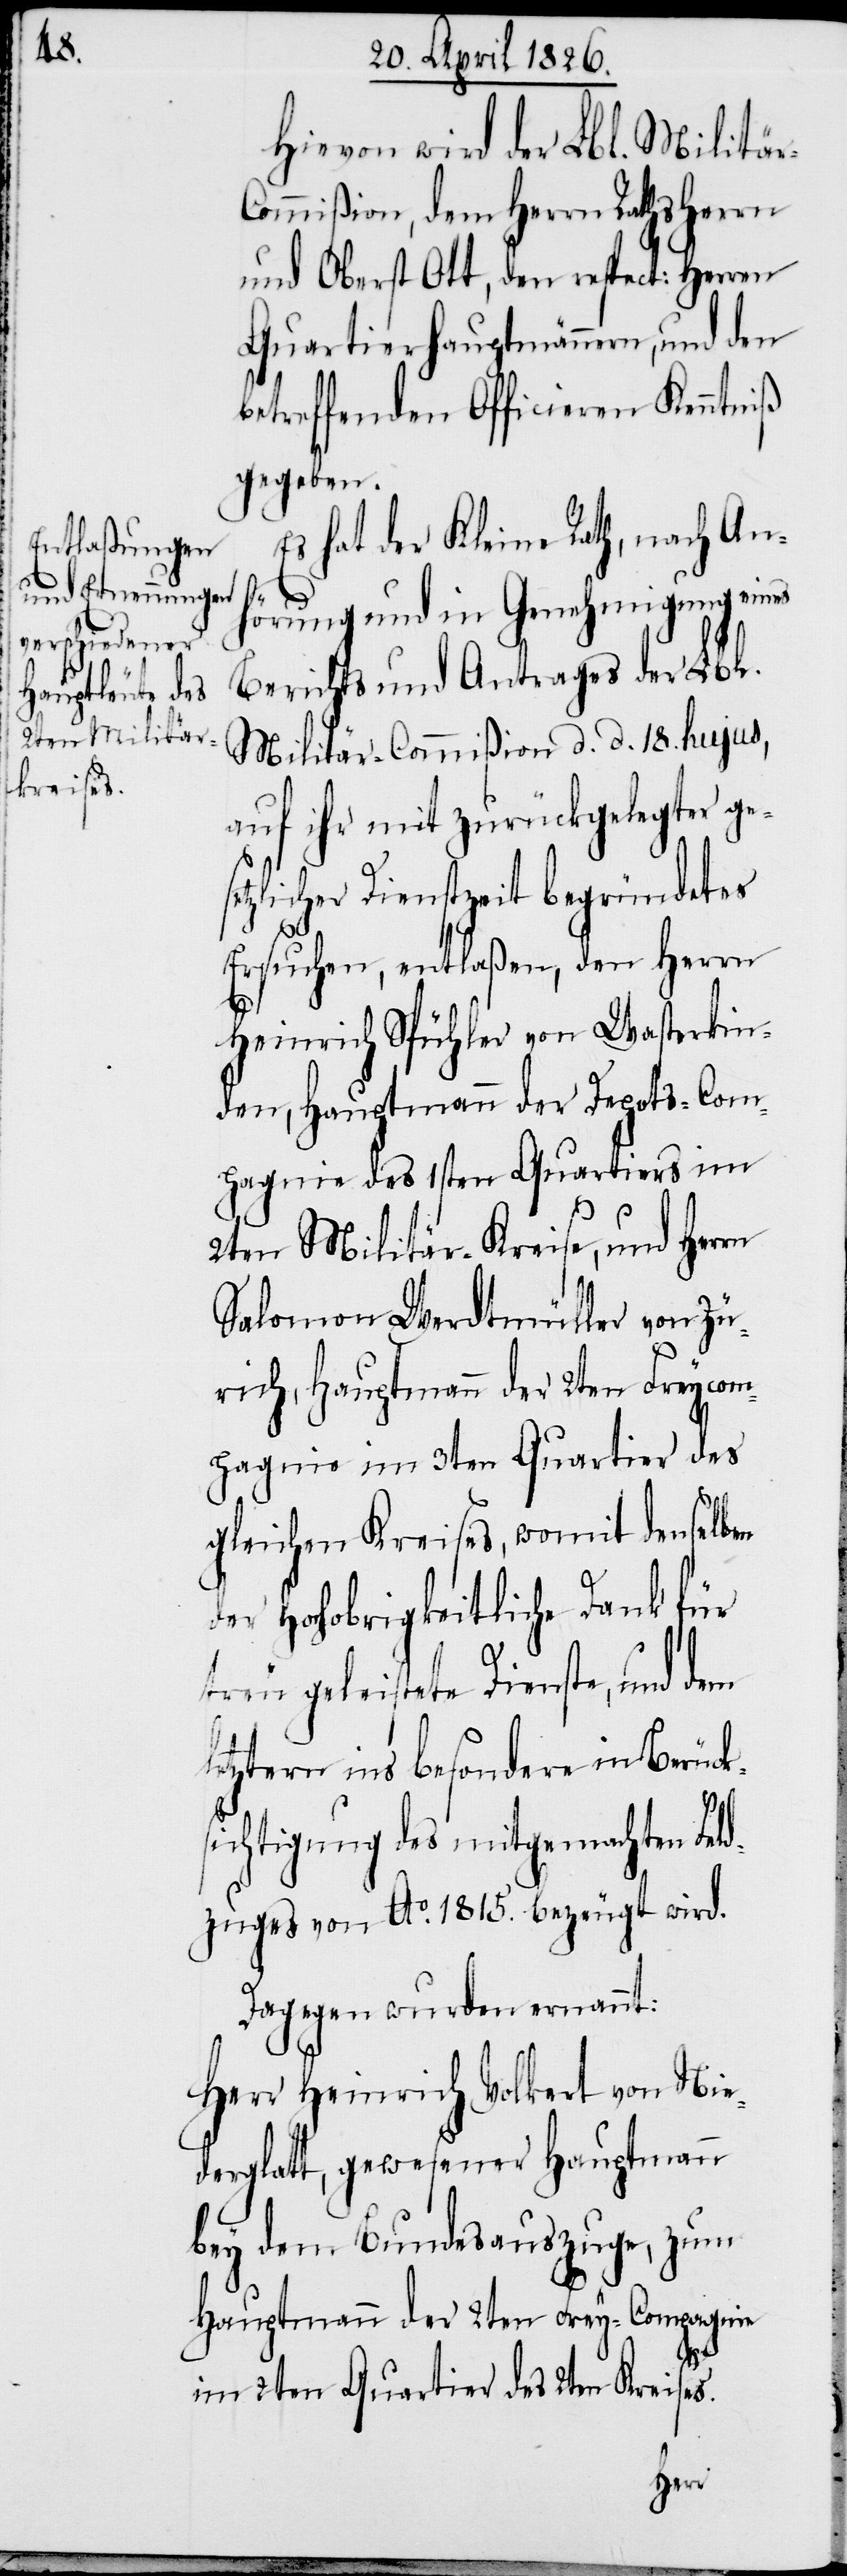
Hievon wird der Lbl. Militä¬
ommißion, dem Herrn Rathsherrn
und Oberst Ott, den respect: Herren
Quartierhauptmännern, und den
betreffenden Officieren Kenntniß
gegeben.
Es hat der Kleine Rath, nach An¬
r-C¬
hörung und in Genehmigung eines
Berichts und Antrages der Lbl.
Militär-Commißion d. d. 18. hujus,
auf ihr mit zurückgelegter ges¬
etzlicher Dienstzeit begründetes
Ersuchen, entlaßen, den Herrn
Heinrich Spühler von Wasterkin¬
gen, Hauptmann der Depots-Com¬
pagnie des 1sten Quartiers im
2ten Militär-Kreise, und Herrn
Salomon Werdtmüller von Zü¬
rich, Hauptmann der 2ten Freycom¬
pagnie im 3ten Quartier des
gleichen Kreises, womit denselben
der Hochobrigkeitliche Dank für
treu geleistete Dienste, und dem
letztern ins besondere in Berück¬
sichtigung des mitgemachten Feld¬
zuges von Ao. 1815. bezeugt wird.
Dagegen wurden ernannt:
Herr Heinrich Volkert von Nie¬
derglatt, gewesener Hauptmann
bey dem Bundesauszuge, zum
Hauptmann der 2ten Frey-Compagnie
im 2ten Quartier des 2ten Kreises.